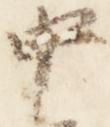
中